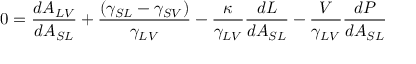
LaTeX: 0 = { \frac { d A _ { L V } } { d A _ { S L } } } + { \frac { ( \gamma _ { S L } - \gamma _ { S V } ) } { \gamma _ { L V } } } - { \frac { \kappa } { \gamma _ { L V } } } { \frac { d L } { d A _ { S L } } } - { \frac { V } { \gamma _ { L V } } } { \frac { d P } { d A _ { S L } } }